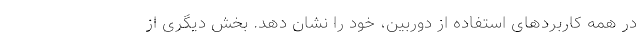
در همه کاربردهای استفاده از دوربین، خود را نشان دهد. بخش دیگری از